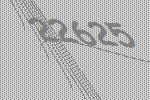
22625